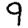
Digit: 9